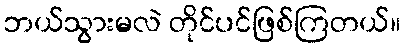
ဘယ်သွားမလဲ တိုင်ပင်ဖြစ်ကြတယ်။